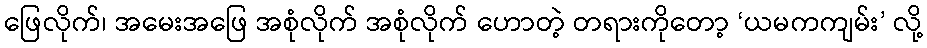
ဖြေလိုက်၊ အမေးအဖြေ အစုံလိုက် အစုံလိုက် ဟောတဲ့ တရားကိုတော့ ‘ယမကကျမ်း’ လို့